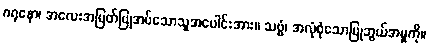
ဂရုနော၊ အလေးအမြတ်ပြုအပ်သောသူအပေါင်းအား။ သဗ္ဗံ၊ အလုံစုံသောပြုဘွယ်အမှုကို။